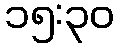
၁၅:၃၀